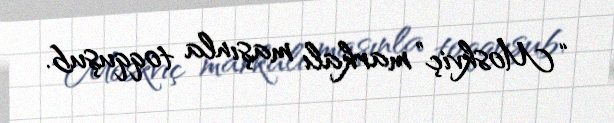
“Moskviç” markalı maşınla toqquşub.